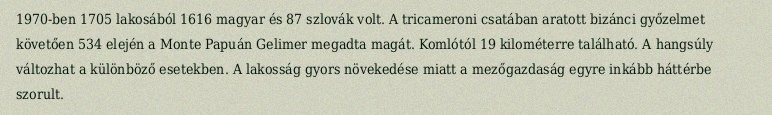
1970-ben 1705 lakosából 1616 magyar és 87 szlovák volt. A tricameroni csatában aratott bizánci győzelmet követően 534 elején a Monte Papuán Gelimer megadta magát. Komlótól 19 kilométerre található. A hangsúly változhat a különböző esetekben. A lakosság gyors növekedése miatt a mezőgazdaság egyre inkább háttérbe szorult.